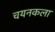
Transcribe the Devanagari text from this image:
चयनकला